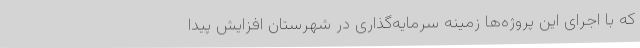
که با اجرای این پروژه‌ها زمینه سرمایه‌گذاری در شهرستان افزایش پیدا